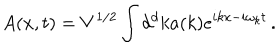
A ( x , t ) = V ^ { 1 / 2 } \int d ^ { d } k a ( k ) e ^ { i k x - i \omega _ { k } t } \, .